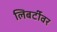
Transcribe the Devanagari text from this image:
लिबर्टीवर